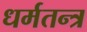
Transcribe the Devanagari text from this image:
धर्मतन्त्र